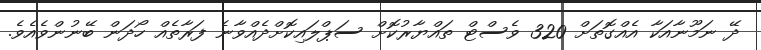
ދޭ ނަމޫނާއަކާ އެއްގޮތަށް 320 ވެސްޓް ތައްޔާރުކޮށް ސަޕްލައިކޮށްދެއްވާނެ ފަރާތެއް ހޯދަން ބޭނުންވެއެވެ.